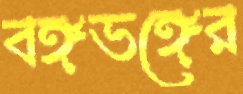
বঙ্গভঙ্গের